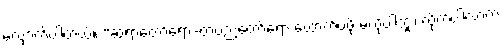
လျှောက်ပါတယ်။ “ဆရာတော်ရော-တပည့်တော်ရော ထောက်ပံ့ဖို့ မလိုပါဘူး၊ လိုက်ပါလာတဲ့